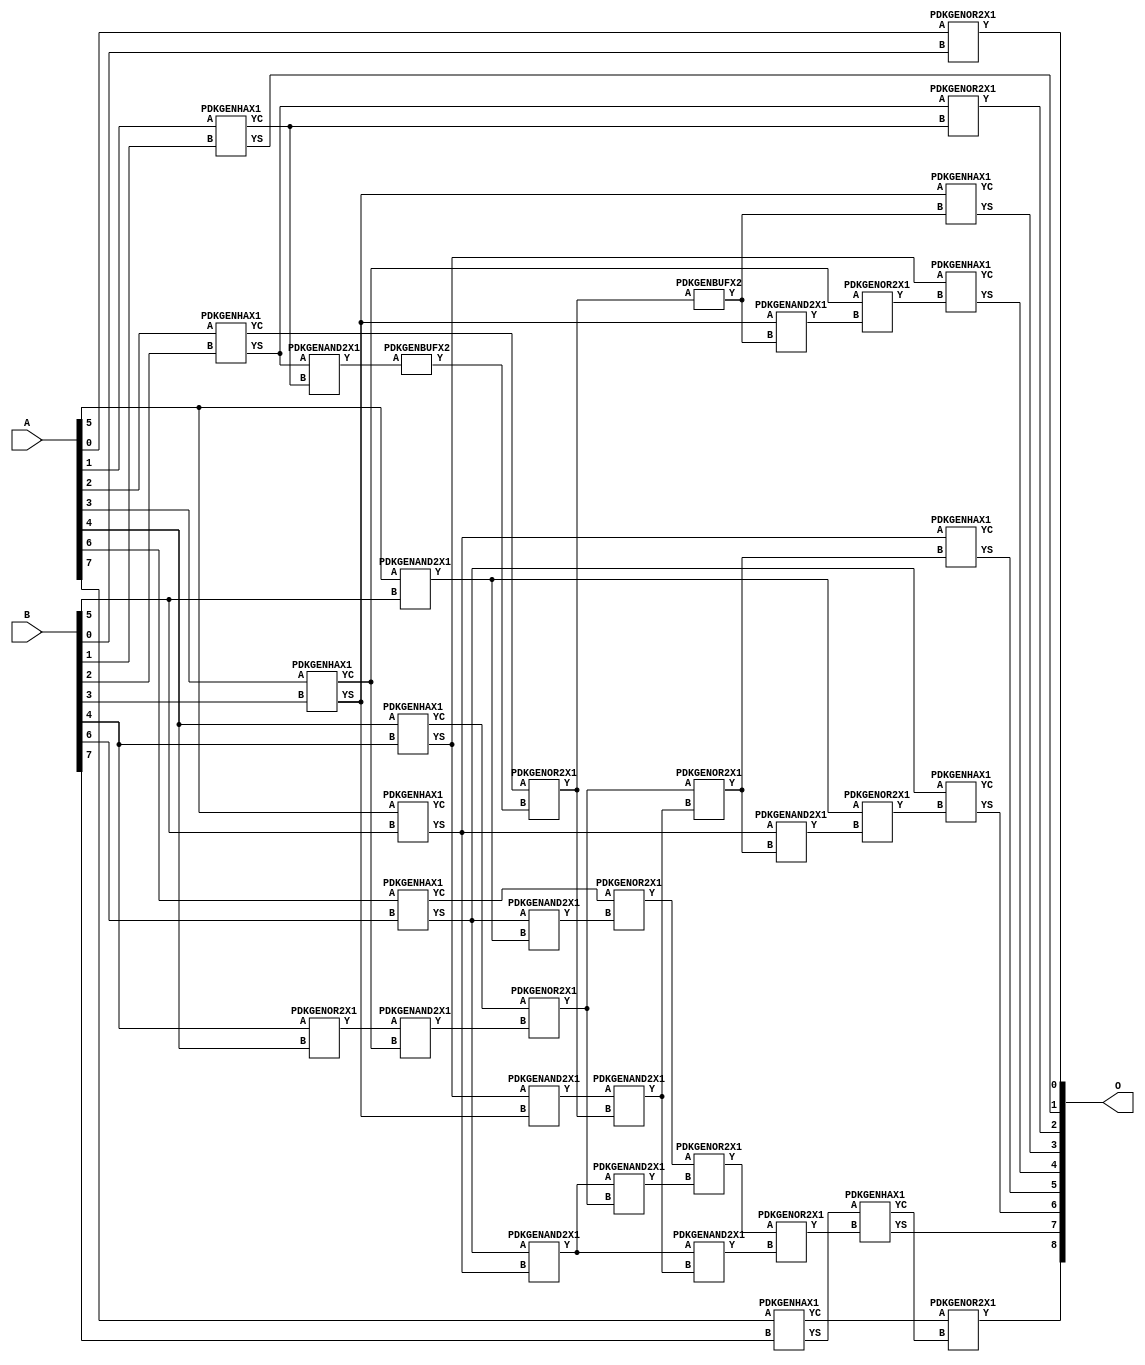
// Library = EvoApprox8b
// Circuit = add8_272
// Area   (180) = 1744
// Delay  (180) = 1.120
// Power  (180) = 576.90
// Area   (45) = 115
// Delay  (45) = 0.450
// Power  (45) = 46.57
// Nodes = 37
// HD = 57216
// MAE = 0.68750
// MSE = 2.00000
// MRE = 0.37 %
// WCE = 4
// WCRE = 50 %
// EP = 34.4 %

module add8_272(A, B, O);
  input [7:0] A;
  input [7:0] B;
  output [8:0] O;
  wire [2031:0] N;

  assign N[0] = A[0];
  assign N[1] = A[0];
  assign N[2] = A[1];
  assign N[3] = A[1];
  assign N[4] = A[2];
  assign N[5] = A[2];
  assign N[6] = A[3];
  assign N[7] = A[3];
  assign N[8] = A[4];
  assign N[9] = A[4];
  assign N[10] = A[5];
  assign N[11] = A[5];
  assign N[12] = A[6];
  assign N[13] = A[6];
  assign N[14] = A[7];
  assign N[15] = A[7];
  assign N[16] = B[0];
  assign N[17] = B[0];
  assign N[18] = B[1];
  assign N[19] = B[1];
  assign N[20] = B[2];
  assign N[21] = B[2];
  assign N[22] = B[3];
  assign N[23] = B[3];
  assign N[24] = B[4];
  assign N[25] = B[4];
  assign N[26] = B[5];
  assign N[27] = B[5];
  assign N[28] = B[6];
  assign N[29] = B[6];
  assign N[30] = B[7];
  assign N[31] = B[7];

  PDKGENOR2X1 n32(.A(N[0]), .B(N[16]), .Y(N[32]));
  PDKGENHAX1 n40(.A(N[2]), .B(N[18]), .YS(N[40]), .YC(N[41]));
  PDKGENHAX1 n50(.A(N[4]), .B(N[20]), .YS(N[50]), .YC(N[51]));
  PDKGENHAX1 n58(.A(N[6]), .B(N[22]), .YS(N[58]), .YC(N[59]));
  PDKGENHAX1 n68(.A(N[8]), .B(N[24]), .YS(N[68]), .YC(N[69]));
  PDKGENHAX1 n78(.A(N[10]), .B(N[26]), .YS(N[78]), .YC(N[79]));
  PDKGENHAX1 n86(.A(N[12]), .B(N[28]), .YS(N[86]), .YC(N[87]));
  PDKGENOR2X1 n88(.A(N[24]), .B(N[8]), .Y(N[88]));
  PDKGENHAX1 n96(.A(N[14]), .B(N[30]), .YS(N[96]), .YC(N[97]));
  PDKGENAND2X1 n106(.A(N[50]), .B(N[41]), .Y(N[106]));
  assign N[107] = N[106];
  PDKGENAND2X1 n110(.A(N[10]), .B(N[26]), .Y(N[110]));
  assign N[111] = N[110];
  PDKGENBUFX2 n120(.A(N[107]), .Y(N[120]));
  PDKGENOR2X1 n124(.A(N[51]), .B(N[120]), .Y(N[124]));
  assign N[125] = N[124];
  PDKGENAND2X1 n134(.A(N[88]), .B(N[59]), .Y(N[134]));
  PDKGENAND2X1 n142(.A(N[68]), .B(N[58]), .Y(N[142]));
  assign N[143] = N[142];
  PDKGENOR2X1 n152(.A(N[69]), .B(N[134]), .Y(N[152]));
  PDKGENAND2X1 n162(.A(N[86]), .B(N[111]), .Y(N[162]));
  PDKGENAND2X1 n170(.A(N[86]), .B(N[78]), .Y(N[170]));
  PDKGENOR2X1 n180(.A(N[87]), .B(N[162]), .Y(N[180]));
  PDKGENBUFX2 n198(.A(N[125]), .Y(N[198]));
  assign N[199] = N[198];
  PDKGENAND2X1 n208(.A(N[143]), .B(N[125]), .Y(N[208]));
  assign N[209] = N[208];
  PDKGENOR2X1 n226(.A(N[152]), .B(N[209]), .Y(N[226]));
  assign N[227] = N[226];
  PDKGENAND2X1 n236(.A(N[170]), .B(N[152]), .Y(N[236]));
  PDKGENAND2X1 n244(.A(N[170]), .B(N[208]), .Y(N[244]));
  assign N[245] = N[244];
  PDKGENOR2X1 n254(.A(N[180]), .B(N[236]), .Y(N[254]));
  PDKGENOR2X1 n292(.A(N[254]), .B(N[245]), .Y(N[292]));
  assign N[293] = N[292];
  PDKGENAND2X1 n320(.A(N[58]), .B(N[199]), .Y(N[320]));
  PDKGENOR2X1 n328(.A(N[59]), .B(N[320]), .Y(N[328]));
  PDKGENAND2X1 n338(.A(N[78]), .B(N[227]), .Y(N[338]));
  PDKGENOR2X1 n348(.A(N[111]), .B(N[338]), .Y(N[348]));
  PDKGENOR2X1 n366(.A(N[50]), .B(N[41]), .Y(N[366]));
  PDKGENHAX1 n376(.A(N[58]), .B(N[198]), .YS(N[376]), .YC(N[377]));
  PDKGENHAX1 n384(.A(N[68]), .B(N[328]), .YS(N[384]), .YC(N[385]));
  PDKGENHAX1 n394(.A(N[78]), .B(N[226]), .YS(N[394]), .YC(N[395]));
  PDKGENHAX1 n404(.A(N[86]), .B(N[348]), .YS(N[404]), .YC(N[405]));
  PDKGENHAX1 n412(.A(N[96]), .B(N[293]), .YS(N[412]), .YC(N[413]));
  PDKGENOR2X1 n422(.A(N[97]), .B(N[413]), .Y(N[422]));

  assign O[0] = N[32];
  assign O[1] = N[40];
  assign O[2] = N[366];
  assign O[3] = N[376];
  assign O[4] = N[384];
  assign O[5] = N[394];
  assign O[6] = N[404];
  assign O[7] = N[412];
  assign O[8] = N[422];

endmodule
/* mod */
module PDKGENAND2X1(input A, input B, output Y );
     assign Y = A & B;
endmodule
/* mod */
module PDKGENOR2X1(input A, input B, output Y );
     assign Y = A | B;
endmodule
/* mod */
module PDKGENHAX1( input A, input B, output YS, output YC );
    assign YS = A ^ B;
    assign YC = A & B;
endmodule
/* mod */
module PDKGENBUFX2(input A, output Y );
     assign Y = A;
endmodule